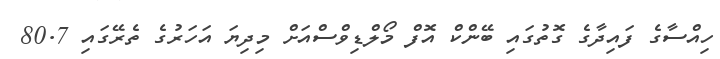
ހިއްސާގެ ފައިދާގެ ގޮތުގައި ބޭންކް އޮފް މޯލްޑިވްސްއަށް މިދިޔަ އަހަރުގެ ތެރޭގައި 80.7